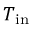
T _ { \mathrm { i n } }